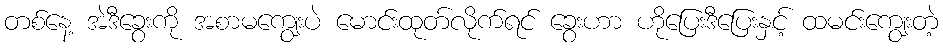
တစ်နေ့ အဲဒီခွေးကို အစာမကျွေးပဲ မောင်းထုတ်လိုက်ရင် ခွေးဟာ ဟိုပြေးဒီပြေးနှင့် ထမင်းကျွေးတဲ့